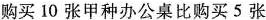
购买10张甲种办公桌比购买5张